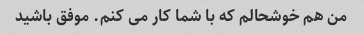
من هم خوشحالم که با شما کار می کنم. موفق باشید